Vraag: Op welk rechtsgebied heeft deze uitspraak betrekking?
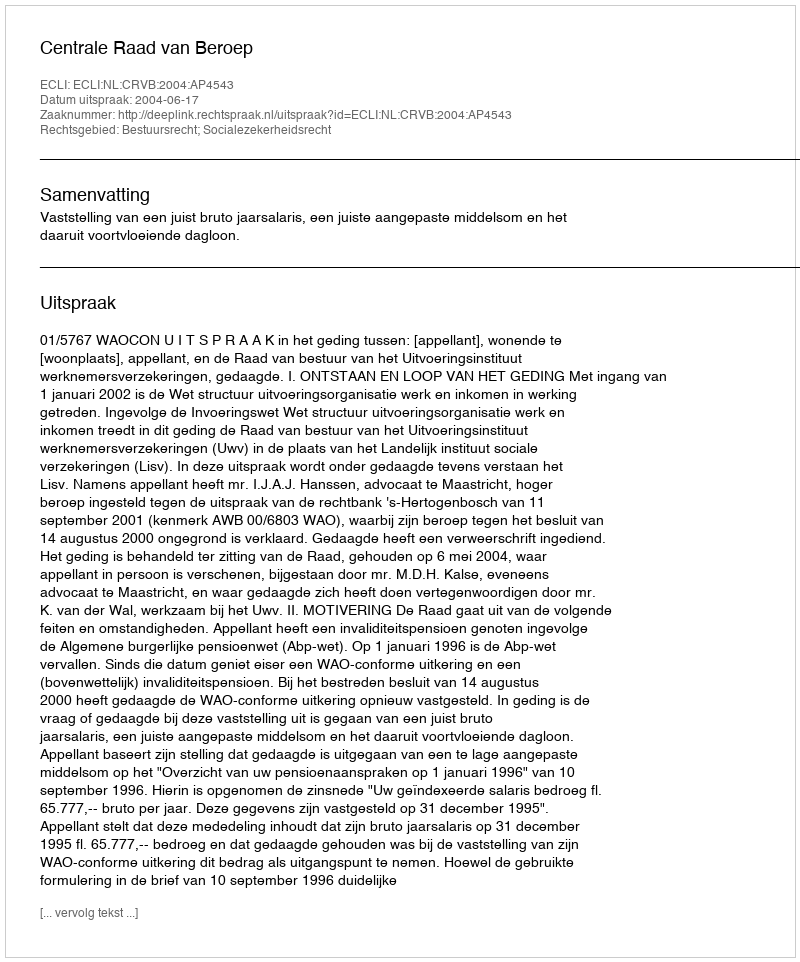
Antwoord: Bestuursrecht; Socialezekerheidsrecht